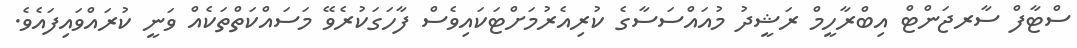
ސްޓާފް ސާރޖަންޓް އިބްރާހީމް ރަޝީދު މުއައްސަސާގެ ކުރިއެރުމަށްޓަކައިވެސް ފާހަގަކުރެވޭ މަސައްކަތްތަކެއް ވަނީ ކުރައްވައިފައެވެ.